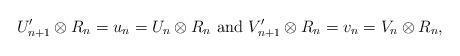
LaTeX: \begin{align*}U'_{n+1}\otimes R_n = u_n = U_{n}\otimes R_n \textrm{ and } V'_{n+1}\otimes R_n = v_n = V_{n}\otimes R_n,\end{align*}